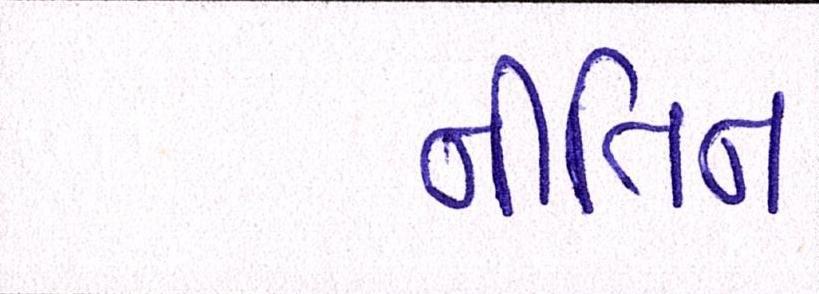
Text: નીતિન